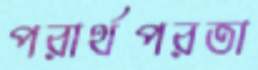
পরার্থপরতা